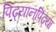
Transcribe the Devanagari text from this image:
पिढ्यान्‌पिढ्या